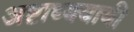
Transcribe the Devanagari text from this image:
अष्टाध्ययायी